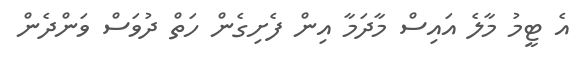
އެ ޓީމު މާލެ އައިސް މާދަމާ އިން ފެށިގެން ހަތް ދުވަސް ވަންދެން